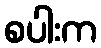
စပါးက